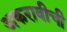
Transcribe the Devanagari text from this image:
अकरावीची